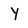
Character: Y